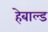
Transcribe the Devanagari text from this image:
हेबाल्ड